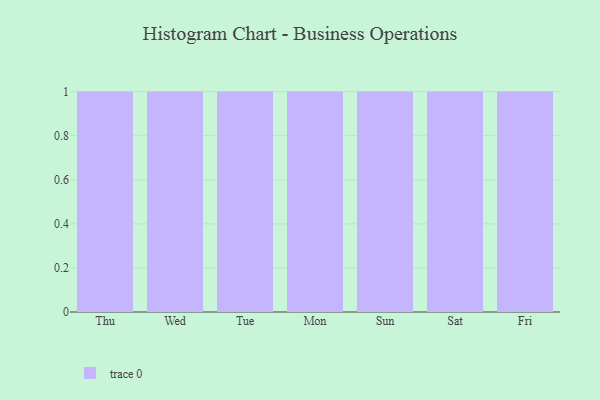
{"axis": {"x": "Day", "y": "Population (Million)"}, "legend": [""], "data": [{"x": "Thu", "y": 16, "type": ""}, {"x": "Wed", "y": 43, "type": ""}, {"x": "Tue", "y": 68, "type": ""}, {"x": "Mon", "y": 15, "type": ""}, {"x": "Sun", "y": 68, "type": ""}, {"x": "Sat", "y": 68, "type": ""}, {"x": "Fri", "y": 16, "type": ""}]}